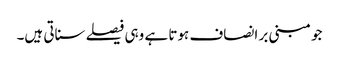
جو مبنی بر انصاف ہوتا ہے وہی فیصلے سناتی ہیں۔